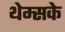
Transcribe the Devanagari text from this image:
थेम्सके